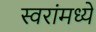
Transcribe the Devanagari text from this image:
स्वरांमध्ये